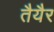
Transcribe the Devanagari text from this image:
तैयैर